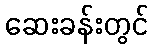
ဆေးခန်းတွင်